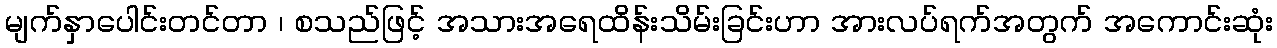
မျက်နှာပေါင်းတင်တာ ၊ စသည်ဖြင့် အသားအရေထိန်းသိမ်းခြင်းဟာ အားလပ်ရက်အတွက် အကောင်းဆုံး